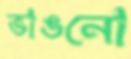
ভাঙনো